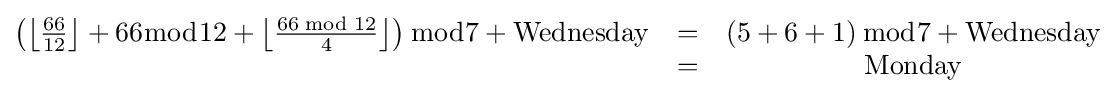
{\begin{matrix}\left({\left\lfloor {\frac {66}{12}}\right\rfloor +66{\bmod {1}}2+\left\lfloor {\frac {66{\bmod {1}}2}{4}}\right\rfloor }\right){\bmod {7}}+{\rm {Wednesday}}&=&\left(5+6+1\right){\bmod {7}}+{\rm {Wednesday}}\\\ &=&{\rm {Monday}}\end{matrix}}